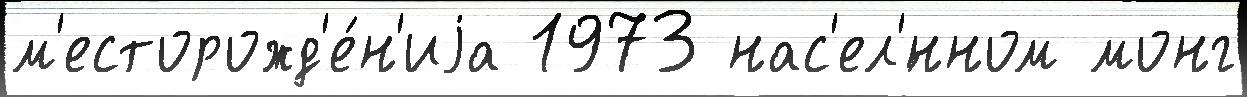
м'есторожд'е́н'иjа 1973 нас'ел'́нном монг